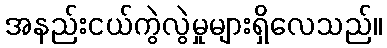
အနည်းငယ်ကွဲလွဲမှုများရှိလေသည်။